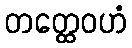
တတ္ထေဝဟံ